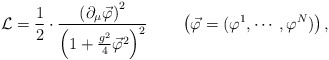
\begin{align*}{\cal L}=\frac{1}{2}\cdot\frac{\left(\partial_{\mu}\vec{\varphi}\right)^2}{\left(1+\frac{g^2}{4}\vec{\varphi}^2\right)^2} \qquad\left(\vec{\varphi}=(\varphi^1,\cdots, \varphi^N)\right),\end{align*}